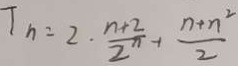
T _ { n } = 2 \cdot \frac { n + 2 } { 2 ^ { n } } - 1 \frac { n + n ^ { 2 } } { 2 }